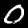
Digit: 0